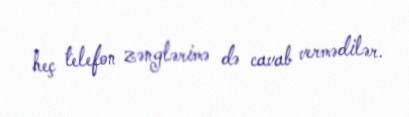
heç telefon zənglərimə də cavab vermədilər.